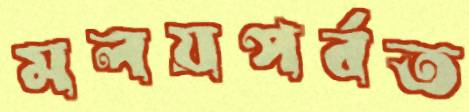
মলয়পর্বত